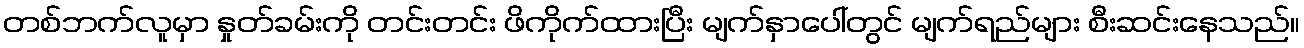
တစ်ဘက်လူမှာ နှုတ်ခမ်းကို တင်းတင်း ဖိကိုက်ထားပြီး မျက်နှာပေါ်တွင် မျက်ရည်များ စီးဆင်းနေသည်။